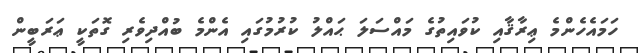
ހަމައެހެންމެ ޢިރާޤާއި ކުވައިތުގެ މައްސަލަ ޙައްލު ކުރުމުގައި އެންމެ ބުއްދިވެރި ގޮތަކީ ޢަރަބީން